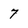
Character: 7